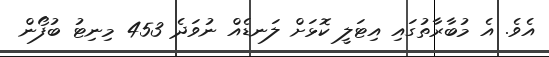
އެވެ. އެ މުބާރާތުގައި އިޓަލީ ކޮޅަށް ލަނޑެއް ނުވަދެ 453 މިނިޓު ބުފޯން